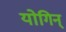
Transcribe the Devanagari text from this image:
योगिन्